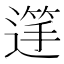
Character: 𮞺